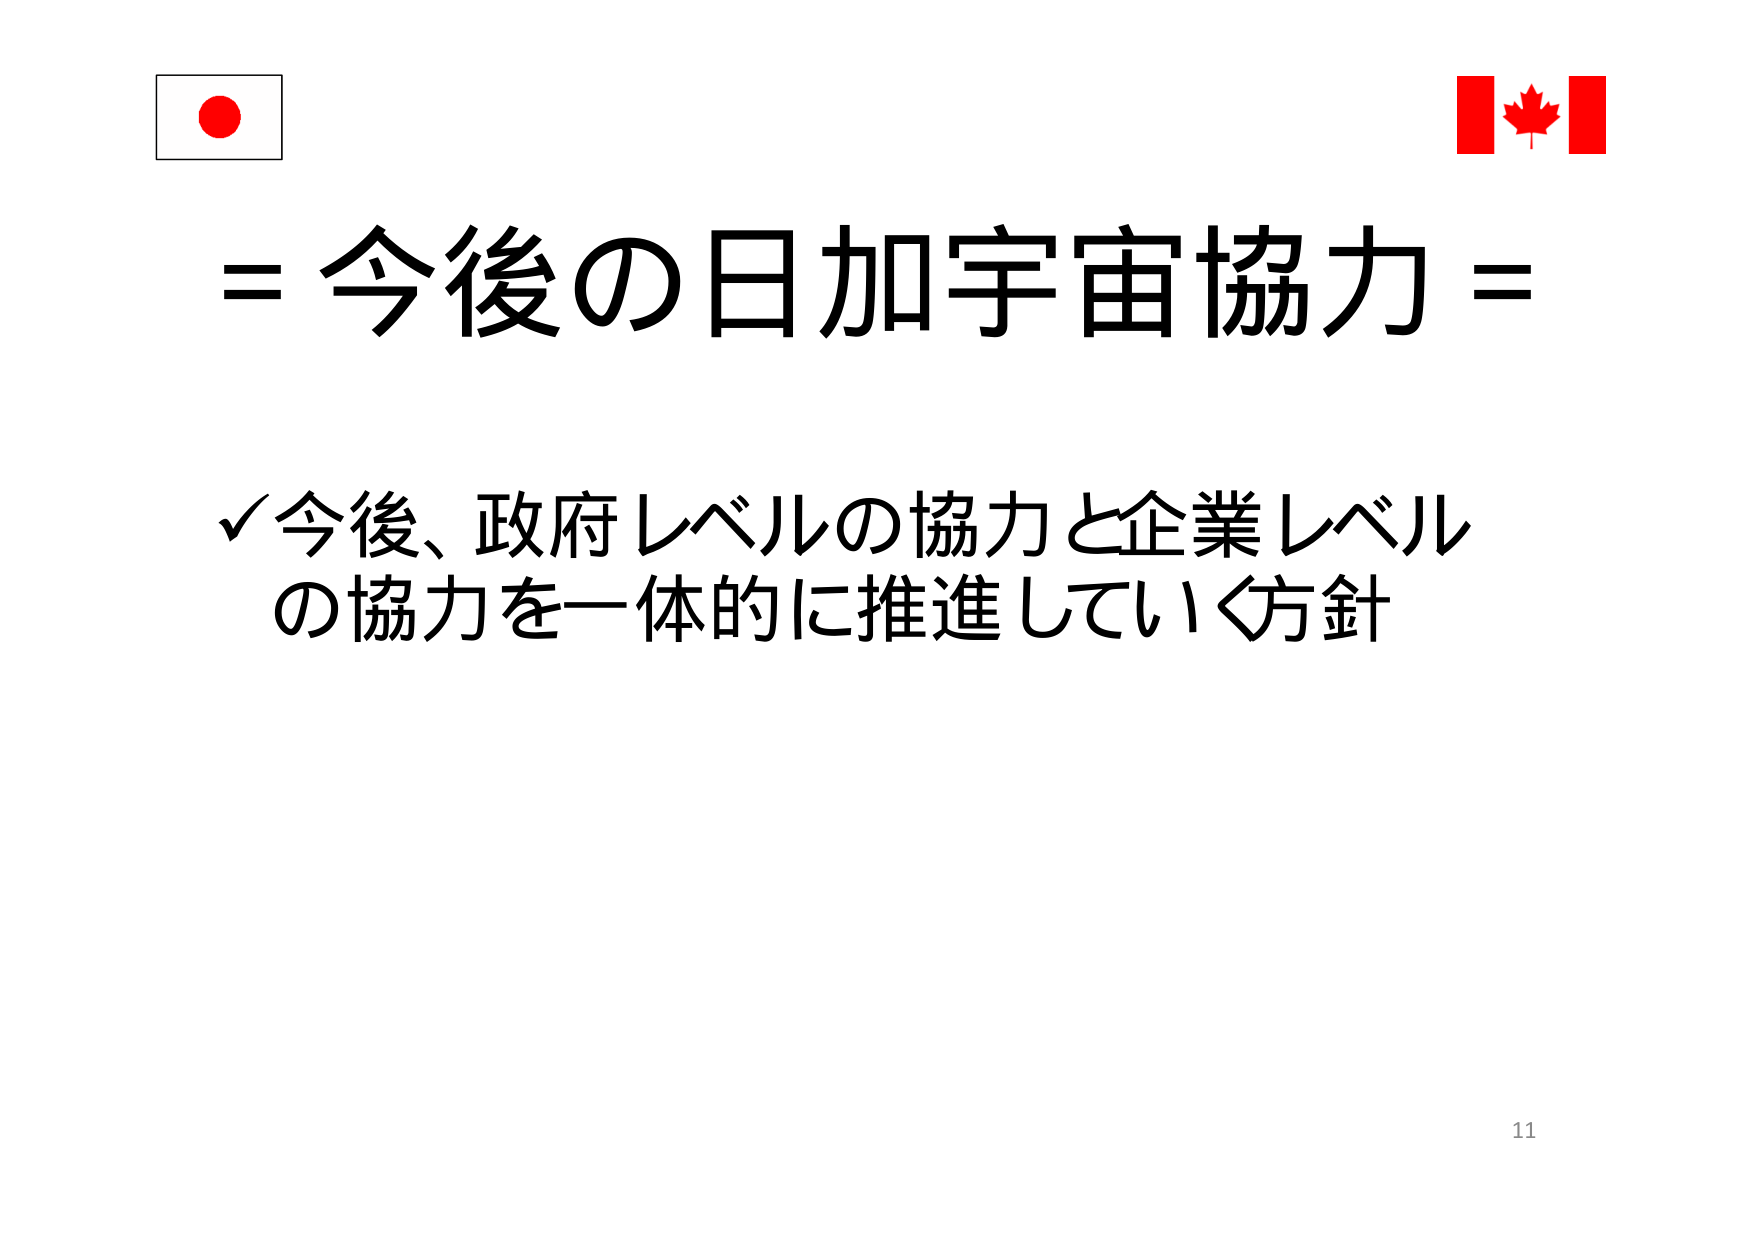
= 今後の日加宇宙協力 =

✓ 今後、政府レベルの協力と企業レベル
の協力を一体的に推進していく方針

11